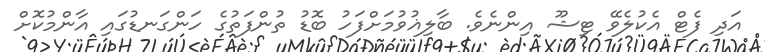
އަދި ފެޓް އެކުލެވޭ ޓިޝޫ އިންނެވެ. ބާލިޣުވުމަށްފަހު ބޮޑު ތުންފަތުގެ ހަންގަނޑުގައި އާންމުކޮށް